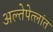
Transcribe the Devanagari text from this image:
अल्तेपेत्लांत